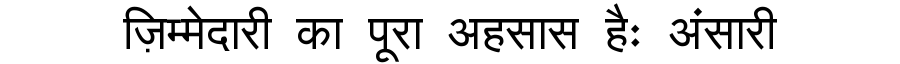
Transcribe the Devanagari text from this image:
ज़िम्मेदारी का पूरा अहसास हैः अंसारी